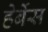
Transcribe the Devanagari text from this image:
हेर्बेस